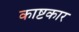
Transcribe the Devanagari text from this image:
काष्टकार